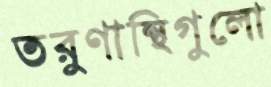
তরুণান্থিগুলো